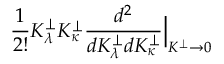
\frac { 1 } { 2 ! } K _ { \lambda } ^ { \perp } K _ { \kappa } ^ { \perp } \frac { d ^ { 2 } } { d K _ { \lambda } ^ { \perp } d K _ { \kappa } ^ { \perp } } \Big | _ { K ^ { \perp } \to 0 }